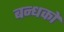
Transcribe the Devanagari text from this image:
बन्धकों